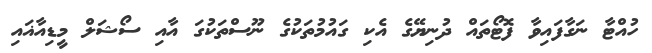
ހުއްޓާ ނަގާފައިވާ ފޮޓޯތައް ދުނިޔޭގެ އެކި ގައުމުތަކުގެ ނޫސްތަކުގަ އާއި ސޯޝަލް މީޑިއާޣައި